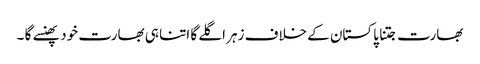
بھارت جتنا پاکستان کے خلاف زہر اگلے گا اتنا ہی بھارت خود پھنسے گا ۔